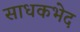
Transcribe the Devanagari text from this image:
साधकभेद